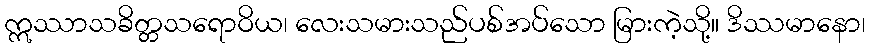
ဣဿာသခိတ္တသရောဝိယ၊ လေးသမားသည်ပစ်အပ်သော မြားကဲ့သို့။ ဒိဿမာနော၊